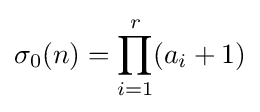
\sigma _{0}(n)=\prod _{i=1}^{r}(a_{i}+1)